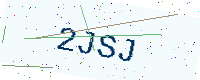
Text: 2JSJ